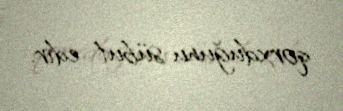
qorxduğunu sübut edir.